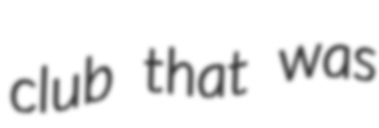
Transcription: club that was